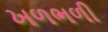
ખળભળી